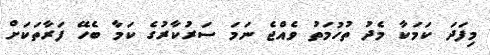
މިފަދަ ކަމަކާ މެދު ތުހުމަތު ވެއްޖެ ނަމަ ސަރުކާރުގެ ކަމާ ބެހޭ ފަރާތަކަށް